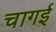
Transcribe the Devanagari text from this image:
चागई